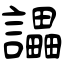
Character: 讄